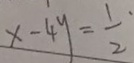
x - 4 y = \frac { 1 } { 2 }